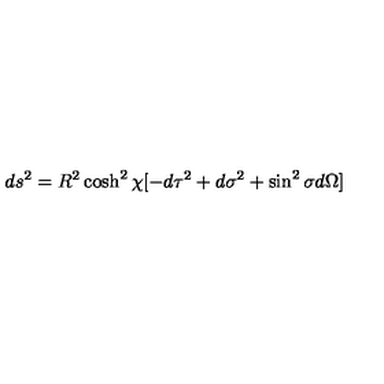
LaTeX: d s ^ { 2 } = R ^ { 2 } \cosh ^ { 2 } \chi [ - d \tau ^ { 2 } + d \sigma ^ { 2 } + \sin ^ { 2 } \sigma d \Omega ]